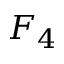
F _ { 4 }